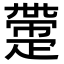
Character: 𤴟